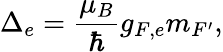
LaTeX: \Delta_{e}=\frac{\mu_{B}}{\hbar}g_{F,e}m_{F^{\prime}},